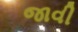
જાવી